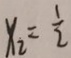
x _ { 2 } = \frac { 1 } { 2 }